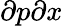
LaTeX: \partial p\partial x